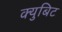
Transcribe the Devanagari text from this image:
क्युबिट